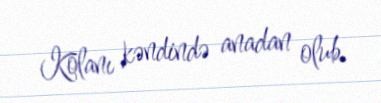
Kolanı kəndində anadan olub.